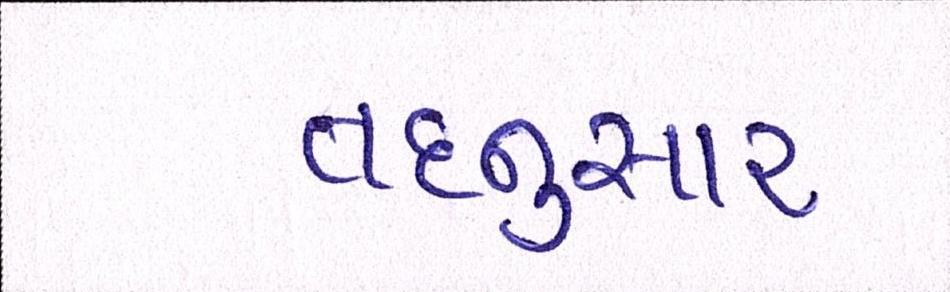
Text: તદનુસાર